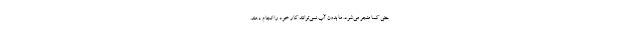
حتی کما منجر می‌شود. ما بدون آب نمی‌توانند کار خود را انجام دهند.